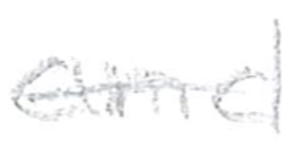
Text: and
Cross-out: single-line
Writing tool: pencil